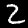
Digit: 2